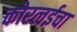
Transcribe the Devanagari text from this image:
कोरलईचा